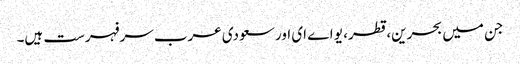
جن میں بحرین، قطر، یو اے ای اور سعودی عرب سرفہرست ہیں۔